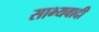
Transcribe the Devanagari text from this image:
साभ्यवादी